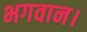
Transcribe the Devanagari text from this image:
भगवान।